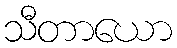
သီတာယော